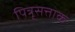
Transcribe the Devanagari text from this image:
पित्रृसत्ताक